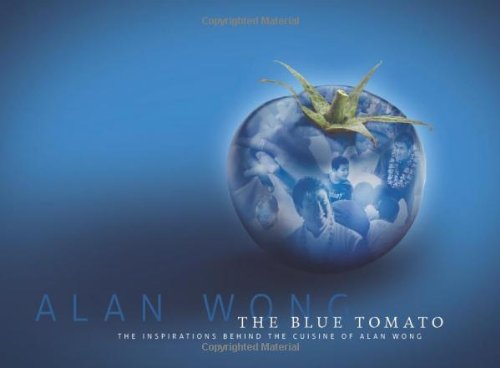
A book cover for The Blue Tomato: The Inspirations Behind the Cuisine of Alan Wong; Alan Wong; Cookbooks, Food & Wine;